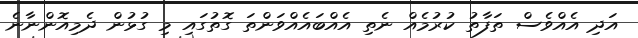
އަދި އެއްވެސް ތަފާތު ކުރުމެއް ނެތި އެއްބައެއްވަންތަ ގޮތުގައި މި ގުޅުން ދެމިއޮންނާނެ